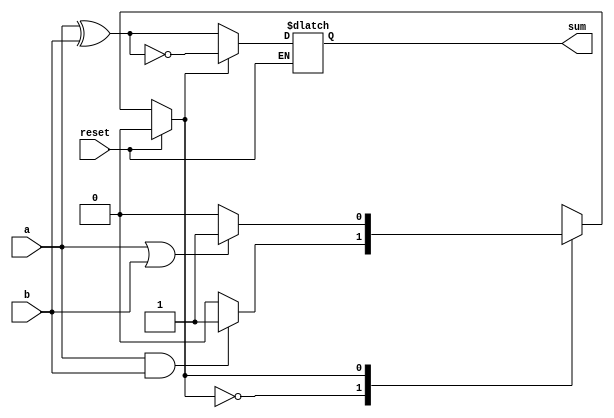
// 4 - bit serial adder
module serial_adder(a , b, reset,  sum);
    input a, b;
    input reset;
    output reg sum;
    reg state; // the only state is previous carry
    parameter s0 = 0, s1 = 1;
    reg PS;
    // always @(posedge reset)
    // begin
    //     if(reset)
    //         PS <= 0;    
    //     else 
    //         PS <= NS;
    // end
    always @(*)
    begin
        if(reset)
            PS <= s0;
        else
        begin
            case(PS)
                s0 : begin
                        sum  = (a ^ b);
                        PS = (a & b) ? s1 : s0;
                    end
                s1 : begin
                        sum = ~(a ^ b);
                        PS = (a | b) ? s1 : s0;
                    end
            endcase
        end
    end
endmodule